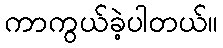
ကာကွယ်ခဲ့ပါတယ်။